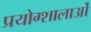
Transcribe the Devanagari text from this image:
प्रयोग्शालाओं